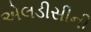
એલડીસીની